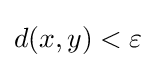
d(x,y)<\varepsilon